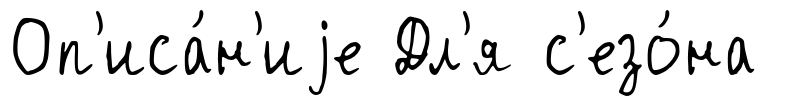
Оп'иса́н'иjе Дл'я с'езо́на